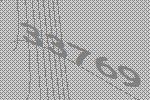
33769